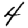
Digit: 4